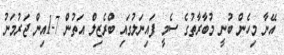
އޭނާ މިހެން ބުނީ މުބާރާތުގެ ސެމީ ފައިނަލުގައި ބްރެޒިލް އަތުން 7-1އިން ޖަރުމަނު